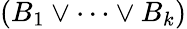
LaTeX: (B_{1}\lor\cdots\lor B_{k})